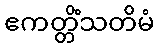
ဧကတ္တိံသတိမံ